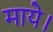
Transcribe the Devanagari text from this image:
माये।